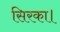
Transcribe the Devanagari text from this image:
सिरका।